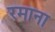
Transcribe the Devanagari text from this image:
रमाना